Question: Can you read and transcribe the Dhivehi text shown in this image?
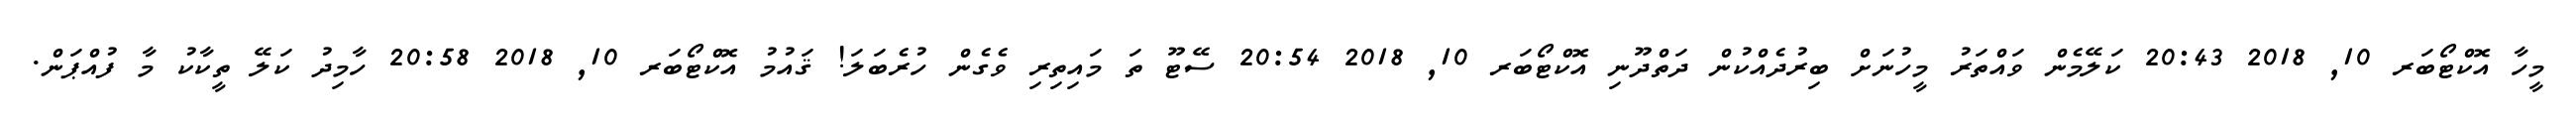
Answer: މީހާ އޮކްޓޯބަރ 10, 2018 20:43 ކަލޭމެން ވައްތަރު މީހުނަށް ބިރުދެއްކުން ދަތްދޫނި އޮކްޓޯބަރ 10, 2018 20:54 ސޭޓޫ ތަ މައިތިރި ވެގެން ހުރެބަލަ! ޤައުމު އޮކްޓޯބަރ 10, 2018 20:58 ހާމިދު ކަލޭ ތީކާކު މާ ފުއްޕަން.